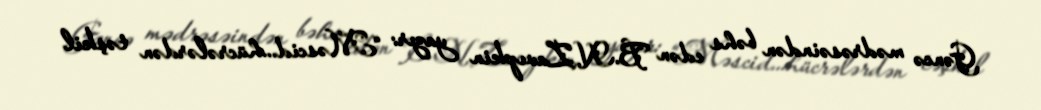
Gəncə mədrəsəindən bəhs edən B.N.Zavıpkin yazır: “Məscid...hücrələrdən təşkil